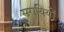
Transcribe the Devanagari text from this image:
सरायियों